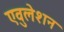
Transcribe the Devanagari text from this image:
एवुलेशन